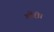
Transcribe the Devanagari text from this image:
गौरी।